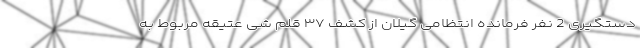
دستگیری 2 نفر فرمانده انتظامی گیلان از کشف ۳۷ قلم شی عتیقه مربوط به